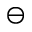
\ominus